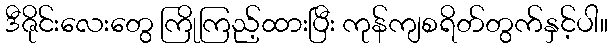
ဒီဇိုင်းလေးတွေ ကြိုကြည့်ထားပြီး ကုန်ကျစရိတ်တွက်နှင့်ပါ။